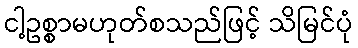
ငါ့ဥစ္စာမဟုတ်စသည်ဖြင့် သိမြင်ပုံ